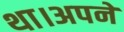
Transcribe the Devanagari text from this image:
था।अपने